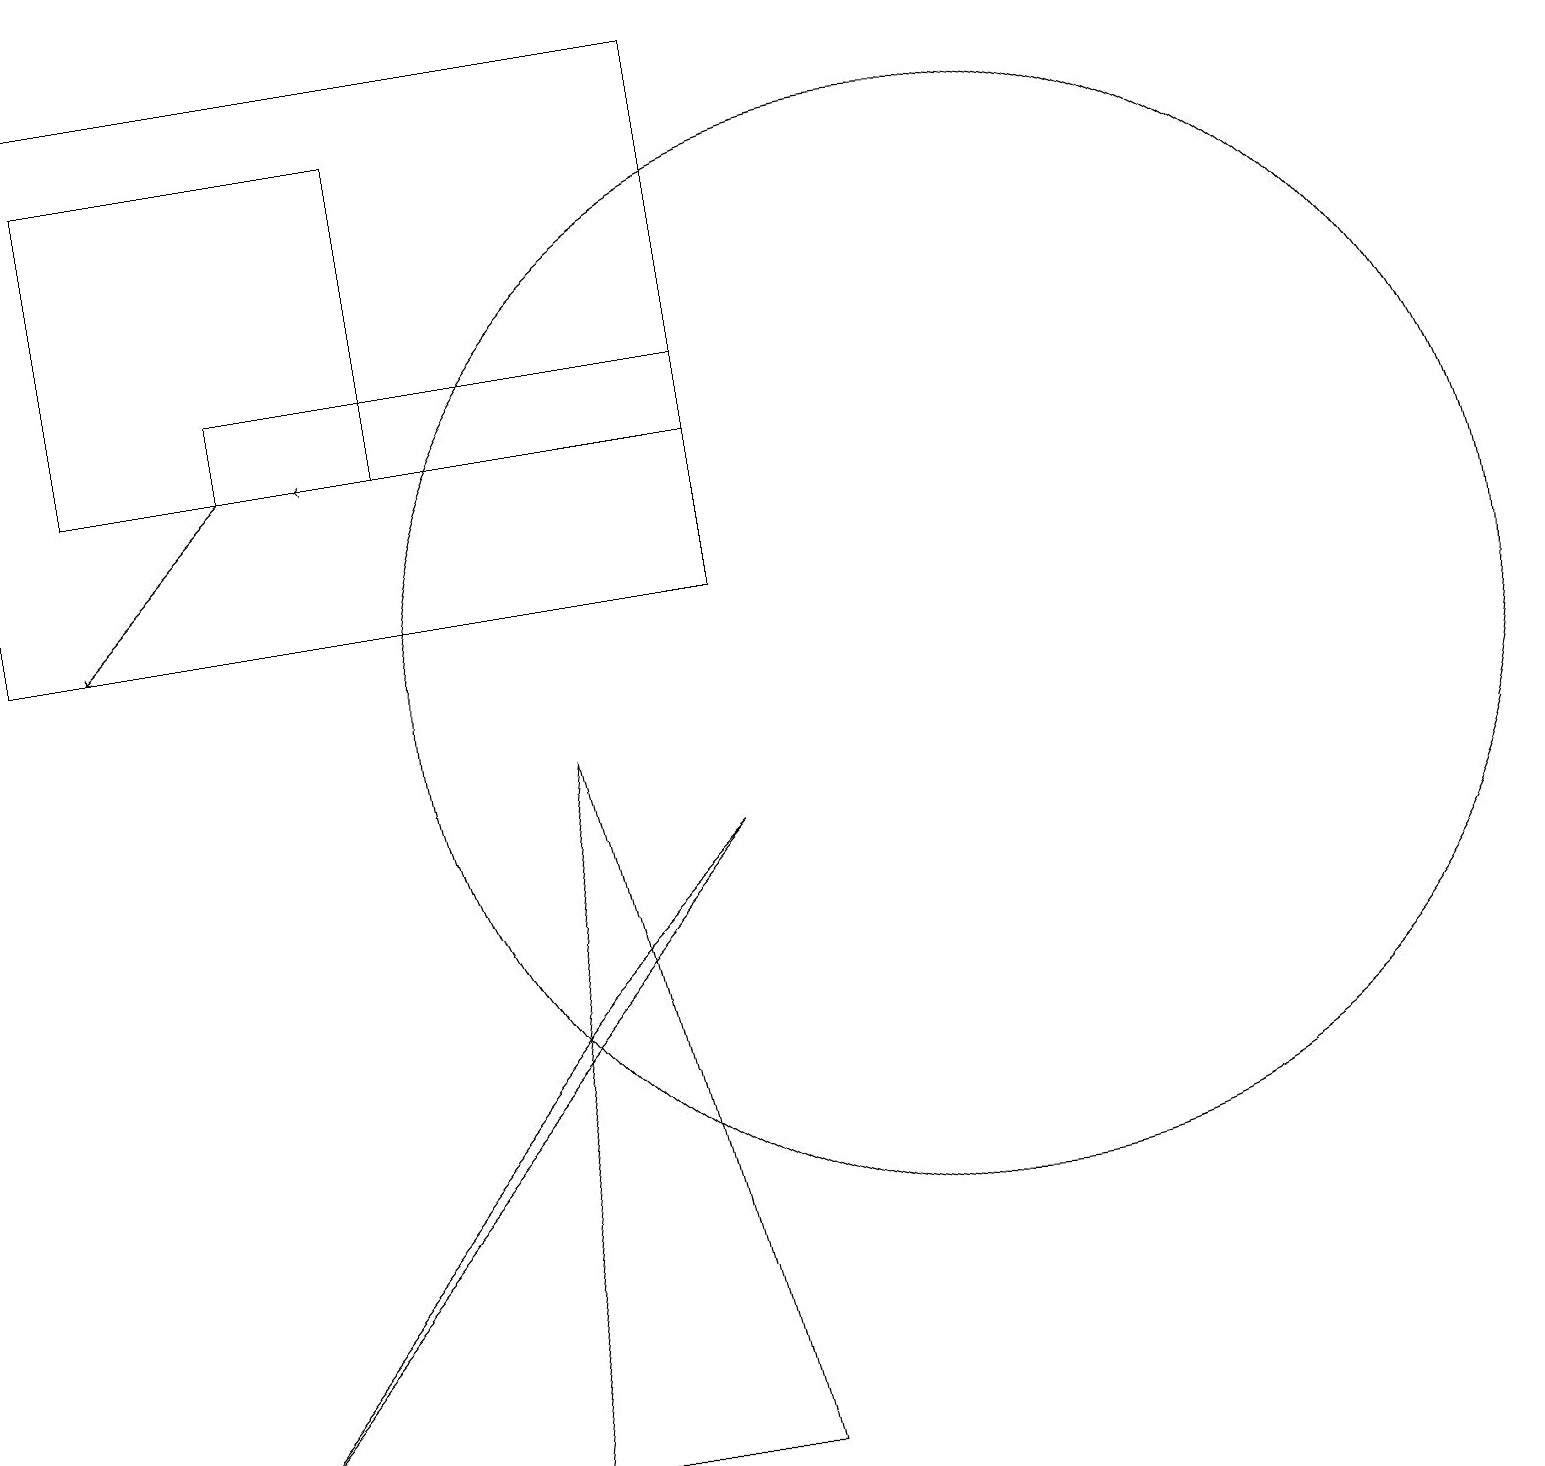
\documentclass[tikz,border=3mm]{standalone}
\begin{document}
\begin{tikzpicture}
\draw[->] (3,13) -- (1,11);
\draw (12,10) circle (7);
\draw (9,14) rectangle (3,13);
\draw (7,6) -- (2,0) -- (9,8) -- cycle;
\draw (1,17) rectangle (5,13);
\draw (0,11) rectangle (9,18);
\draw[->] (6,13) -- (4,13);
\draw (9,0) -- (6,0) -- (7,9) -- cycle;
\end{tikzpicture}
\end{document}